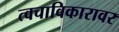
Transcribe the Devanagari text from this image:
त्वचाविकारावर